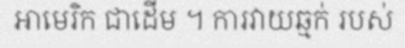
អាមេរិក ជាដើម ។ ការវាយឆ្មក់ របស់